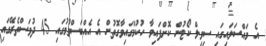
އެ މައްސަލައިގައި ސިވިލް ކޯޓުން ކޮށްފައިވާ ހުކުމްގައިވާގޮތުން އެ އެއްބަސްވުމުގައި 45 ދުވަސްތެރޭގައި